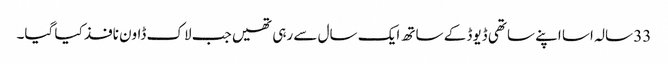
33 سالہ اسا اپنے ساتھی ڈیوڈ کے ساتھ ایک سال سے رہی تھیں جب لاک ڈاون نافذ کیا گیا۔